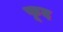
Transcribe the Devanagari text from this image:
फूद